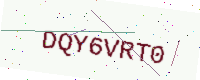
Text: DQY6VRT0